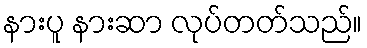
နားပူ နားဆာ လုပ်တတ်သည်။